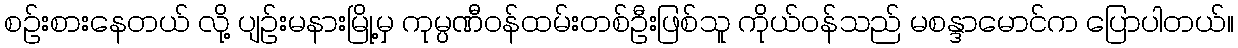
စဉ်းစားနေတယ် လို့ ပျဉ်းမနားမြို့မှ ကုမ္ပဏီဝန်ထမ်းတစ်ဦးဖြစ်သူ ကိုယ်ဝန်သည် မစန္ဒာမောင်က ပြောပါတယ်။